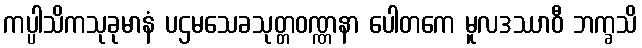
ကပ္ပါသိကသုခုမာနံ ပဌမသေခသုတ္တဝဏ္ဏနာ ပေါတကေ မူလဒဿာဝီ ဘက္ခသိ